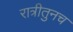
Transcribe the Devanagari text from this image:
रात्रीतुनच